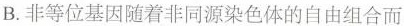
B.非等位基因随着非同源染色体的自由组合而